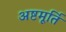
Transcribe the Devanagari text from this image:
अष्टमूर्ति